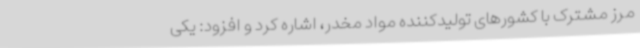
مرز مشترک با کشورهای تولیدکننده مواد مخدر، اشاره کرد و افزود: یکی